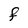
Character: F